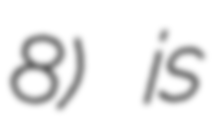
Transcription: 8) is